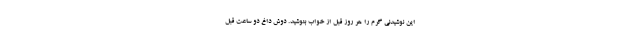
این نوشیدنی گرم را هر روز قبل از خواب بنوشید. دوش داغ دو ساعت قبل